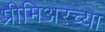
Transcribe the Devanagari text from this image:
प्रीमिअरच्या